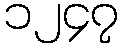
၁၂၄၇